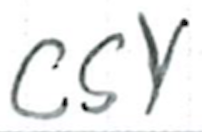
Text: CSY
Cross-out: clean
Writing tool: ballpoint